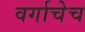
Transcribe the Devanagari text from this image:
वर्गाचेच